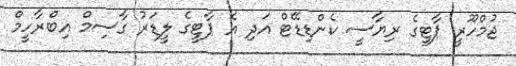
ޖުމްހޫރީ ޕާޓީގެ ރިޔާސީ ކެންޑިޑޭޓް އަދި އެ ޕާޓީގެ ލީޑަރު ގާސިމް އިބްރާހީމް